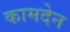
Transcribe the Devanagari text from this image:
कामदेन